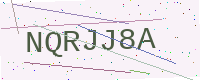
Text: NQRJJ8A